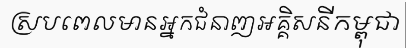
ស្របពេលមានអ្នកជំនាញអគ្គិសនីកម្ពុជា